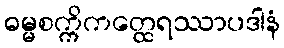
ဓမ္မစက္ကိကတ္ထေရဿာပဒါနံ